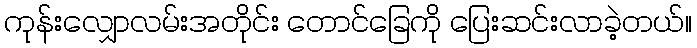
ကုန်းလျှောလမ်းအတိုင်း တောင်ခြေကို ပြေးဆင်းလာခဲ့တယ်။